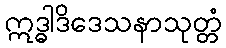
ဣဒ္ဓါဒိဒေသနာသုတ္တံ